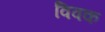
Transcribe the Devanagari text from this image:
विवक